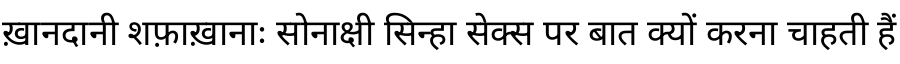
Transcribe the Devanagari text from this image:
ख़ानदानी शफ़ाख़ानाः सोनाक्षी सिन्हा सेक्स पर बात क्यों करना चाहती हैं